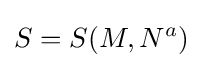
S=S(M,N^{a})